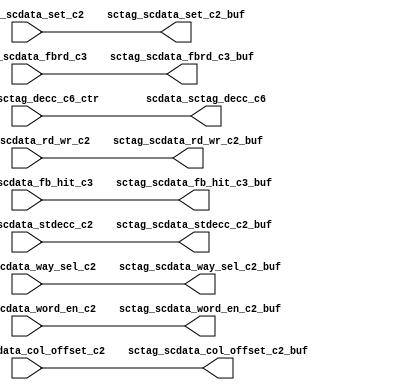
// ========== Copyright Header Begin ==========================================
// 
// OpenSPARC T1 Processor File: scdata_rep.v
// Copyright (c) 2006 Sun Microsystems, Inc.  All Rights Reserved.
// DO NOT ALTER OR REMOVE COPYRIGHT NOTICES.
// 
// The above named program is free software; you can redistribute it and/or
// modify it under the terms of the GNU General Public
// License version 2 as published by the Free Software Foundation.
// 
// The above named program is distributed in the hope that it will be 
// useful, but WITHOUT ANY WARRANTY; without even the implied warranty of
// MERCHANTABILITY or FITNESS FOR A PARTICULAR PURPOSE.  See the GNU
// General Public License for more details.
// 
// You should have received a copy of the GNU General Public
// License along with this work; if not, write to the Free Software
// Foundation, Inc., 51 Franklin St, Fifth Floor, Boston, MA 02110-1301, USA.
// 
// ========== Copyright Header End ============================================
module scdata_rep(/*AUTOARG*/
   // Outputs
   sctag_scdata_col_offset_c2_buf, sctag_scdata_fb_hit_c3_buf, 
   sctag_scdata_fbrd_c3_buf, sctag_scdata_rd_wr_c2_buf, 
   sctag_scdata_set_c2_buf, sctag_scdata_stdecc_c2_buf, 
   sctag_scdata_way_sel_c2_buf, sctag_scdata_word_en_c2_buf, 
   scdata_sctag_decc_c6, 
   // Inputs
   sctag_scdata_col_offset_c2, sctag_scdata_fb_hit_c3, 
   sctag_scdata_fbrd_c3, sctag_scdata_rd_wr_c2, sctag_scdata_set_c2, 
   sctag_scdata_stdecc_c2, sctag_scdata_way_sel_c2, 
   sctag_scdata_word_en_c2, scdata_sctag_decc_c6_ctr
   );

   input [3:0]		sctag_scdata_col_offset_c2;
   input		sctag_scdata_fb_hit_c3;
   input		sctag_scdata_fbrd_c3;
   input		sctag_scdata_rd_wr_c2;   
   input [9:0] 		sctag_scdata_set_c2;
   input [77:0] 	sctag_scdata_stdecc_c2;
   input [11:0] 	sctag_scdata_way_sel_c2;
   input [15:0] 	sctag_scdata_word_en_c2;
   input [155:0]	scdata_sctag_decc_c6_ctr;
   
   output [3:0] 	sctag_scdata_col_offset_c2_buf;
   output		sctag_scdata_fb_hit_c3_buf;
   output		sctag_scdata_fbrd_c3_buf;
   output		sctag_scdata_rd_wr_c2_buf;   
   output [9:0] 	sctag_scdata_set_c2_buf;
   output [77:0] 	sctag_scdata_stdecc_c2_buf;
   output [11:0] 	sctag_scdata_way_sel_c2_buf;
   output [15:0] 	sctag_scdata_word_en_c2_buf;
   output [155:0]	scdata_sctag_decc_c6;   

   assign sctag_scdata_col_offset_c2_buf = sctag_scdata_col_offset_c2;
   assign sctag_scdata_fb_hit_c3_buf = sctag_scdata_fb_hit_c3;
   assign sctag_scdata_fbrd_c3_buf = sctag_scdata_fbrd_c3;
   assign sctag_scdata_rd_wr_c2_buf = sctag_scdata_rd_wr_c2;   
   assign sctag_scdata_set_c2_buf = sctag_scdata_set_c2;
   assign sctag_scdata_stdecc_c2_buf = sctag_scdata_stdecc_c2;
   assign sctag_scdata_way_sel_c2_buf = sctag_scdata_way_sel_c2;
   assign sctag_scdata_word_en_c2_buf = sctag_scdata_word_en_c2;
   assign scdata_sctag_decc_c6 = scdata_sctag_decc_c6_ctr;   

endmodule // scdata_rep